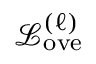
\mathcal { L } _ { \mathrm { o v e } } ^ { ( \ell ) }